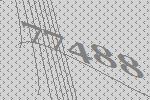
77488